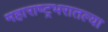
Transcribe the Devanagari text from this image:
महाराष्ट्रभरातल्या